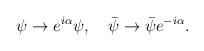
LaTeX: \begin{align*}\psi\rightarrow e^{i\alpha}\psi,\ \ \ \bar{\psi}\rightarrow\bar{\psi}e^{-i\alpha}.\end{align*}